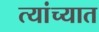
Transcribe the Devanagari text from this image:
त्‍यांच्‍यात